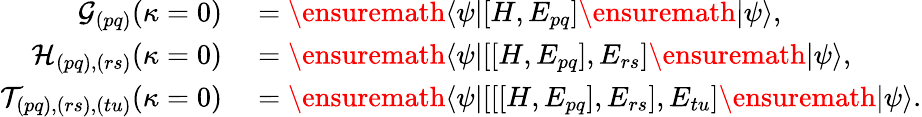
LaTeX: \begin{array}{rl}{\mathcal{G}_{(pq)}(\kappa=0)}&{{}=\ensuremath{\langle{\psi}\rvert}[H,E_{pq}]\ensuremath{\lvert{\psi}\rangle},}\\ {\mathcal{H}_{(pq),(rs)}(\kappa=0)}&{{}=\ensuremath{\langle{\psi}\rvert}[[H,E_{pq}],E_{rs}]\ensuremath{\lvert{\psi}\rangle},}\\ {\mathcal{T}_{(pq),(rs),(tu)}(\kappa=0)}&{{}=\ensuremath{\langle{\psi}\rvert}[[[H,E_{pq}],E_{rs}],E_{tu}]\ensuremath{\lvert{\psi}\rangle}.}\end{array}